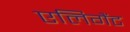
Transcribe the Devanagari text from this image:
एलिगैंट